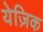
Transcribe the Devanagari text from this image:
येज़िक